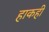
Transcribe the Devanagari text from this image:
हाकही